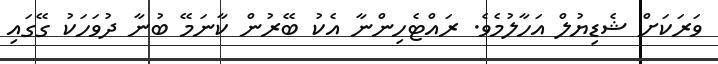
ވަރަކަށް ޝެޑިޔުލް އަހާލުމެވެ. ރައްޓެހިންނާ އެކު ބޭރުން ކާނަމޭ ބުނާ ދުވަހަކު ގޭގައި